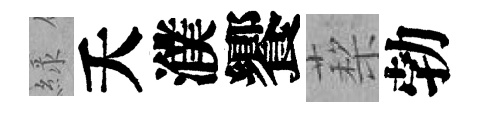
緑夭濮饗蔾勃